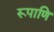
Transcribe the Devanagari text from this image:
रूपाणि